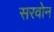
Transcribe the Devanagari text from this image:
सरवोन